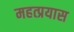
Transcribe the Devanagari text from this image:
महत्प्रयास